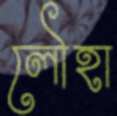
লৌহা